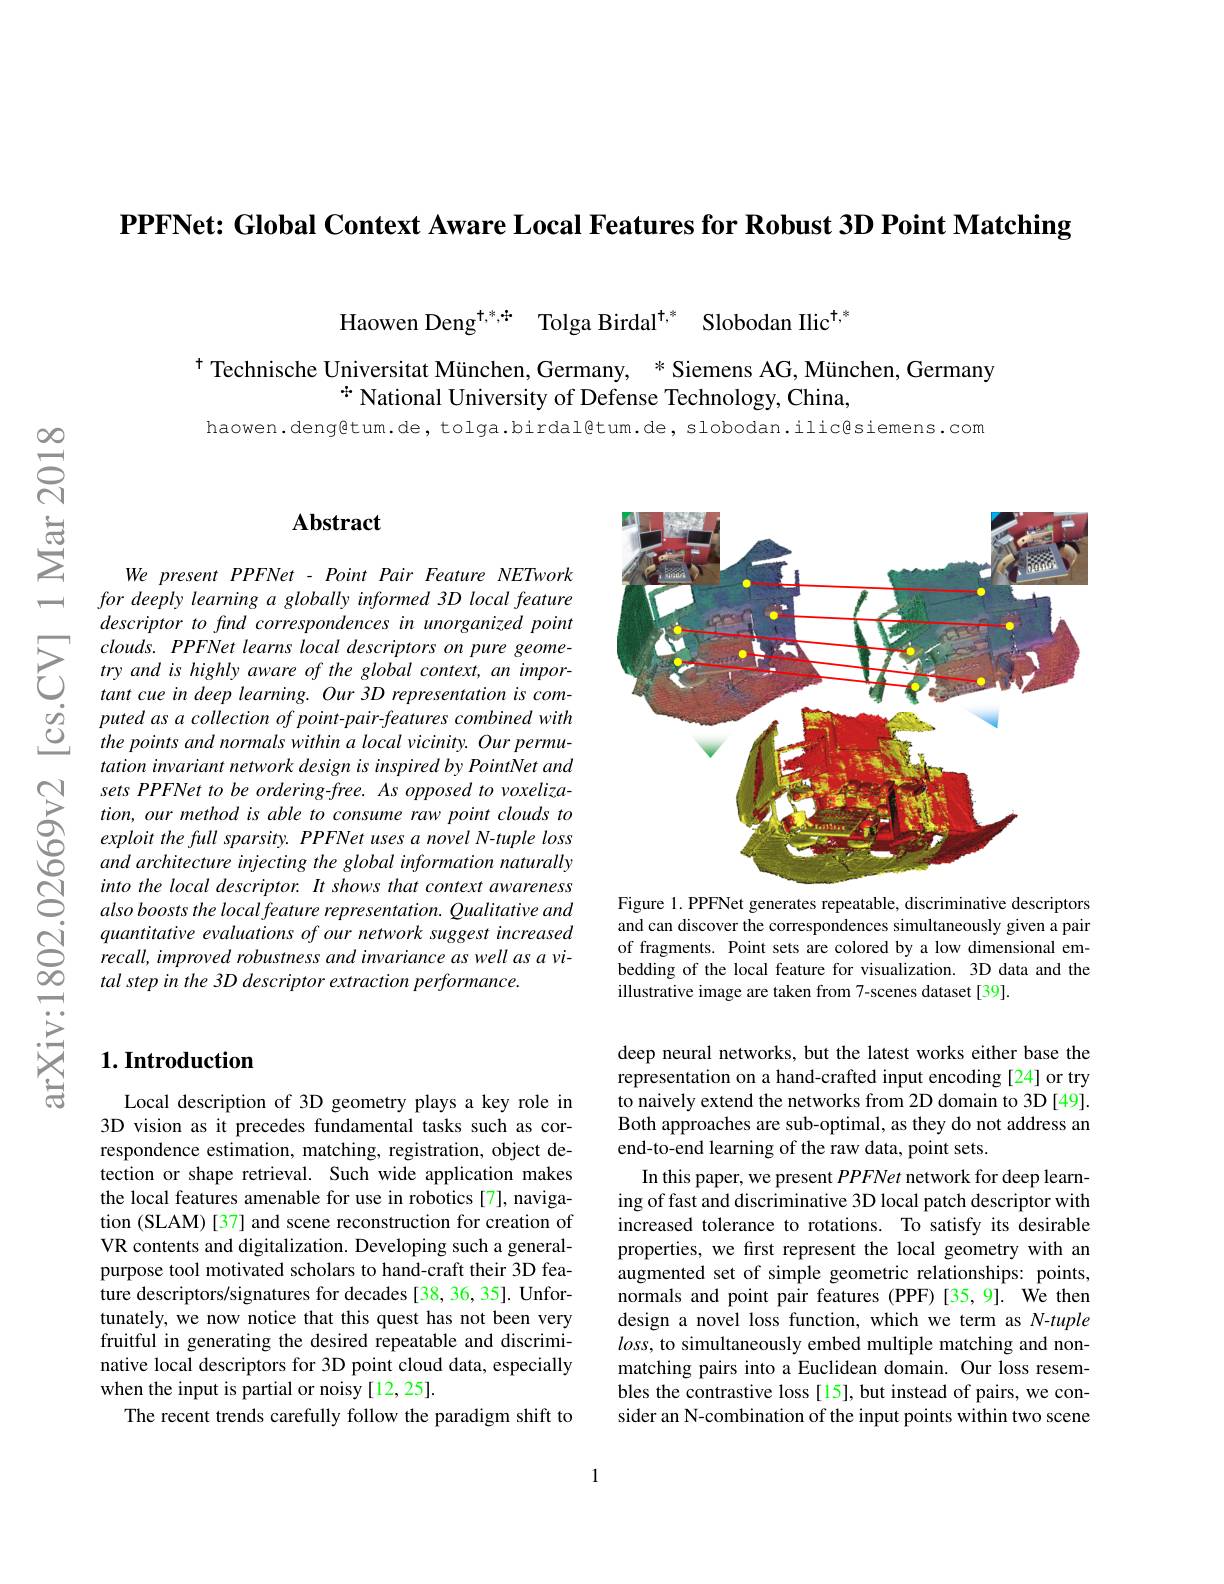
PPFNet: Global Context Aware Local Features for Robust 3D Point Matching

Haowen Deng$^{\dagger,*,*}$ Tolga Birdal$^{\dagger,*}$ Slobodan Ilic$^{\dagger,*}$

$^{\dagger}$ Technische Universitat München, Germany, $^*$ Siemens AG, München, Germany
$^{\text{十}}$ National University of Defense Technology, China,
haowen.deng@tum.de, tolga.birdal@tum.de, slobodan.ilic@siemens.com

## $\mathbf{Abstract}$

We present PPFNet - Point Pair Feature NETwork for deeply learning a globally informed 3D local feature descriptor to find correspondences in unorganized point
$\sum_{\begin{array}{ccc}&clouds.&PPFNet&learns&local&descriptors&on&pure&geome-\\&try&and&is&highly&aware&of&the&global&context,&an&impor-\\&tant&cue&in&deeep&learning.&Our&3D&representation&is&com-\end{array}}$
puted as a collection of point-pair-features combined with the points and normals within a local vicinity. Our permutation invariant network design is inspired by PointNet and sets PPFNet to be ordering-free. As opposed to voxelization, our method is able to consume raw point clouds to exploit the full sparsity. PPFNet uses a novel N-tuple loss and architecture injecting the global information naturally into the local descriptor. It shows that context awareness also boosts the local feature representation. Qualitative and
$\begin{array}{lll}{\mathrm{Ni}}&{quantitative\:evaluations\:of\:our\:network\:suggest\:increased}\\{\mathrm{C}}&{recall,\:improved\:robustness\:and\:imvariance\:as\:well\:as\:a\:vi-\\{\infty}}{tal\:step\:in\:the\:3D\:descriptor\:extraction\:performance.}\end{array} $
tal step in the 3D descriptor extraction performance.

<FigureHere>

Figure 1. PPFNet generates repeatable, discriminative descriptors and can discover the correspondences simultaneously given a pair of fragments. Point sets are colored by a low dimensional embedding of the local feature for visualization. 3D data and the illustrative image are taken from 7-scenes dataset[39].

deep neural networks, but the latest works either base the representation on a hand-crafted input encoding [24] or try to naively extend the networks from 2D domain to 3D[49]. Both approaches are sub-optimal, as they do not address an end-to-end learning of the raw data, point sets.
In this paper, we present PPFNet network for deep learning of fast and discriminative 3D local patch descriptor with increased tolerance to rotations. To satisfy its desirable properties, we first represent the local geometry with an augmented set of simple geometric relationships: points, normals and point pair features (PPF)[35,9]. We then design a novel loss function, which we term as N-tuple $loss$, to simultaneously embed multiple matching and nonmatching pairs into a Euclidean domain. Our loss resembles the contrastive loss [15], but instead of pairs, we consider an N-combination of the input points within two scene

## $1. \textbf{Introduction}$

Local description of 3D geometry plays a key role in 3D vision as it precedes fundamental tasks such as correspondence estimation, matching, registration, object detection or shape retrieval. Such wide application makes the local features amenable for use in robotics [7], navigation (SLAM) [37] and scene reconstruction for creation of VR contents and digitalization. Developing such a generalpurpose tool motivated scholars to hand-craft their 3D feature descriptors/signatures for decades [38, 36, 35]. Unfortunately, we now notice that this quest has not been very fruitful in generating the desired repeatable and discriminative local descriptors for 3D point cloud data, especially when the input is partial or noisy [12,25].
The recent trends carefully follow the paradigm shift to

1